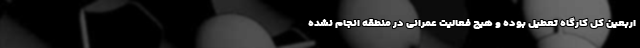
اربعین کل کارگاه تعطیل بوده و هیچ فعالیت عمرانی در منطقه انجام نشده